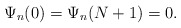
\begin{align*}\Psi_n(0)= \Psi_n(N+1)=0.\end{align*}